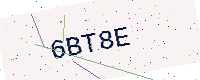
Text: 6BT8E